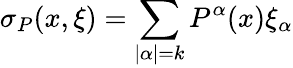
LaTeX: \sigma_{P}(x,\xi)=\sum_{|\alpha|=k}P^{\alpha}(x)\xi_{\alpha}